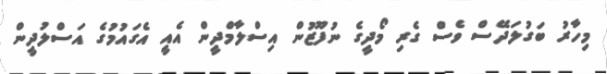
މިހާރު ބަގުލަދޭސް ވެސް ގެރި މޯދީގެ ނުފޫޒުން އިސްލާމްދީން އެއީ އެގައުމުގެ އަސްލުދީން